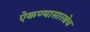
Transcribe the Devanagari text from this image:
ऐकण्यासारखेच